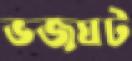
ভজঘট